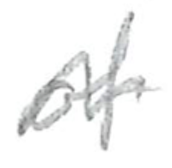
Text: of
Cross-out: wave
Writing tool: pencil